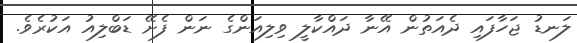
ލަނޑު ޖަހާފައި ދެއަތުން އޭނާ ދައްކާލީ ވިލިއަންގެ ނަން ފެށޭ ޑަބްލިއު އަކުރެވެ.